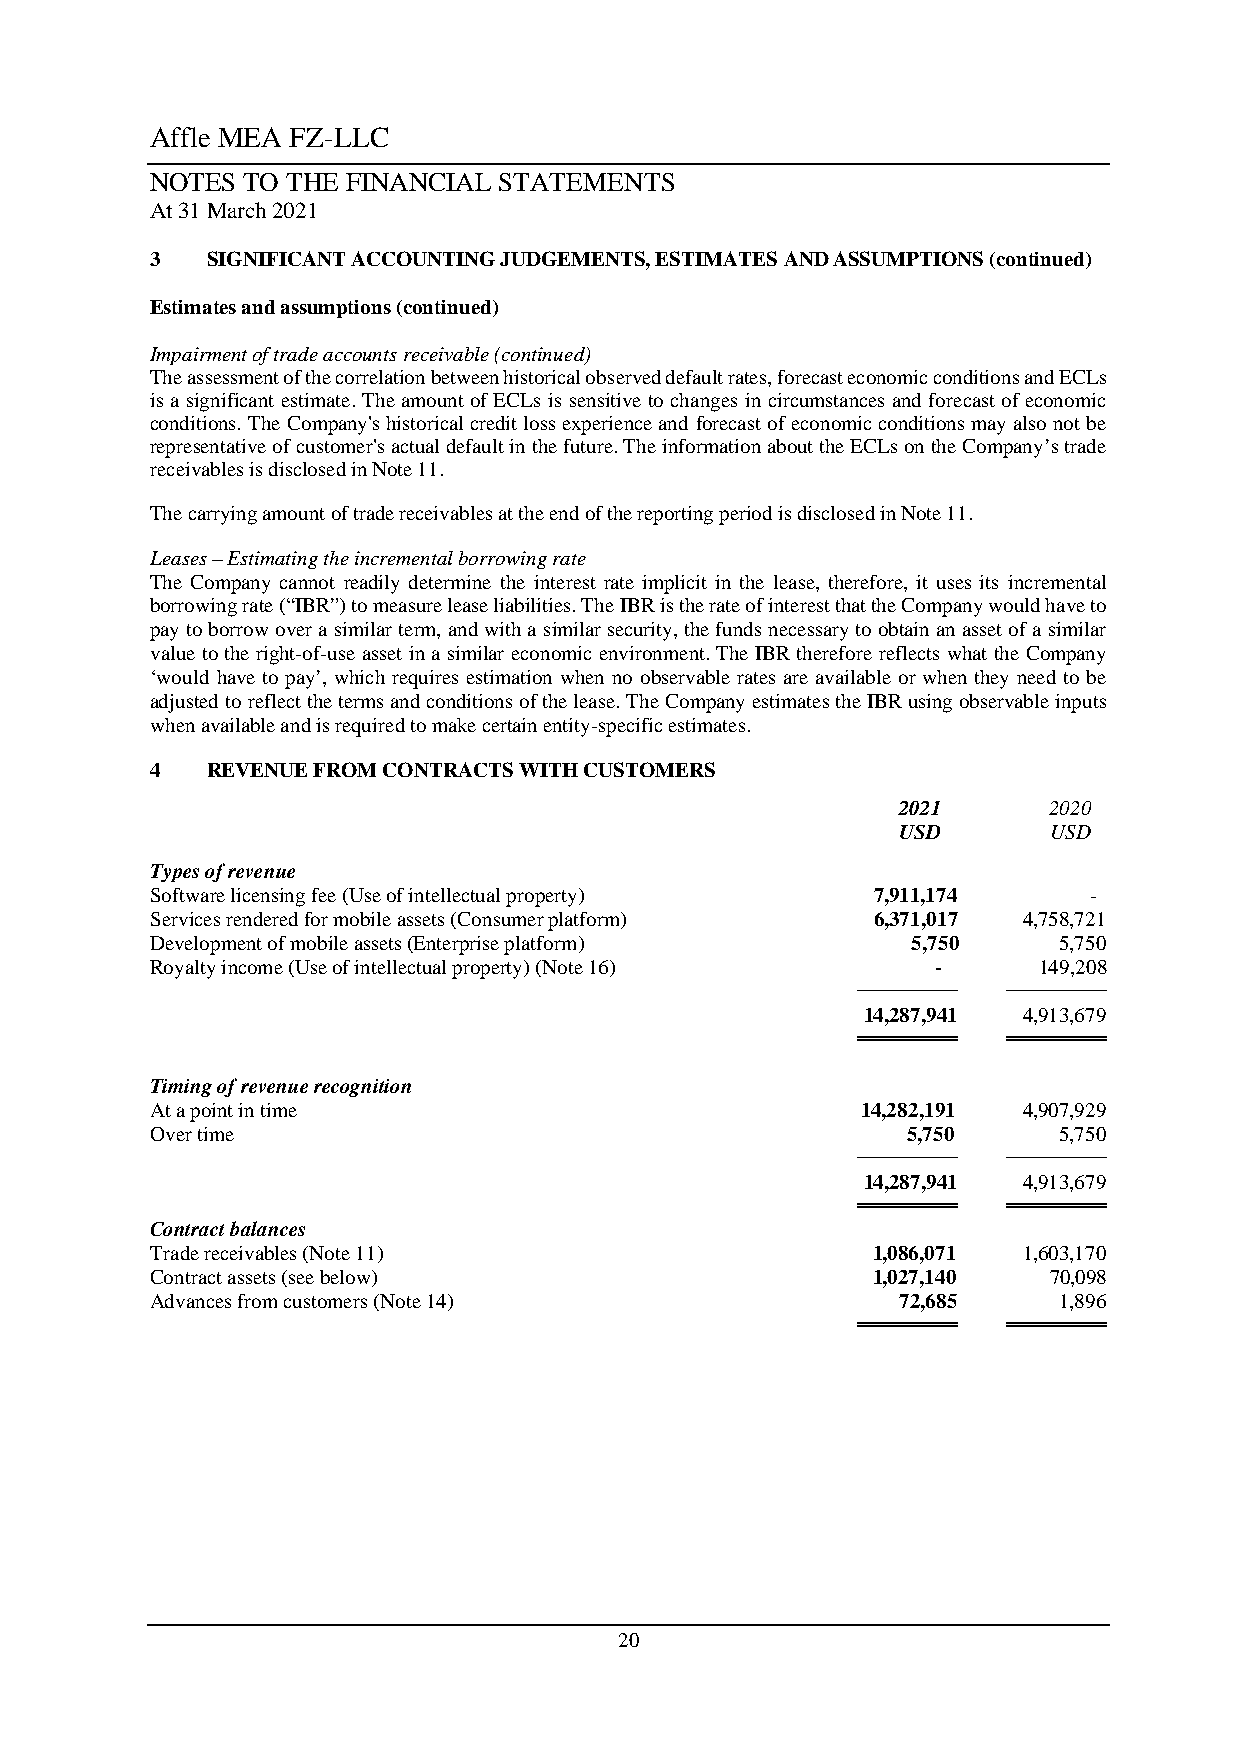
Affle MEA FZ-LLC
 NOTES TO THE FINANCIAL STATEMENTS
 At 31 March 2021
 3   SIGNIFICANT ACCOUNTING JUDGEMENTS, ESTIMATES AND ASSUMPTIONS (continued)
 Estimates and assumptions (continued)
 Impairment of trade accounts receivable (continued)
 The assessment of the correlation between historical observed default rates, forecast economic conditions and ECLs
 is a significant estimate. The amount of ECLs is sensitive to changes in circumstances and forecast of economic
 conditions. The Company's historical credit loss experience and forecast of economic conditions may also not be
 representative of customer's actual default in the future. The information about the ECLs on the Company’s trade
 receivables is disclosed in Note 11.
 The carrying amount of trade receivables at the end of the reporting period is disclosed in Note 11.
 Leases – Estimating the incremental borrowing rate
 The Company cannot readily determine the interest rate implicit in the lease, therefore, it uses its incremental
 borrowing rate (“IBR”) to measure lease liabilities. The IBR is the rate of interest that the Company would have to
 pay to borrow over a similar term, and with a similar security, the funds necessary to obtain an asset of a similar
 value to the right-of-use asset in a similar economic environment. The IBR therefore reflects what the Company
 ‘would have to pay’, which requires estimation when no observable rates are available or when they need to be
 adjusted to reflect the terms and conditions of the lease. The Company estimates the IBR using observable inputs
 when available and is required to make certain entity-specific estimates.
 4   REVENUE FROM CONTRACTS WITH CUSTOMERS
 2021      2020
 USD       USD
 Types of revenue
 Software licensing fee (Use of intellectual property) 7,911,174 -
 Services rendered for mobile assets (Consumer platform) 6,371,017 4,758,721
 Development of mobile assets (Enterprise platform) 5,750    5,750
 Royalty income (Use of intellectual property) (Note 16) -  149,208
 ────────  ────────
 14,287,941 4,913,679
 ════════  ════════
 Timing of revenue recognition
 At a point in time                             14,282,191 4,907,929
 Over time                                         5,750     5,750
 ────────  ────────
 14,287,941 4,913,679
 ════════  ════════
 Contract balances
 Trade receivables (Note 11)                     1,086,071 1,603,170
 Contract assets (see below)                     1,027,140  70,098
 Advances from customers (Note 14)                 72,685    1,896
 ════════  ════════
 20